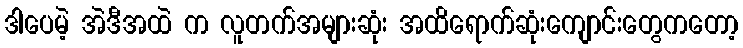
ဒါပေမဲ့ အဲဒီအထဲ က လူတက်အများဆုံး အထိရောက်ဆုံးကျောင်းတွေကတော့